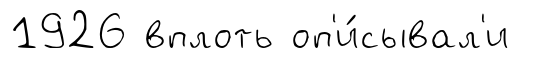
1926 вплоть оп'и́сывал'и